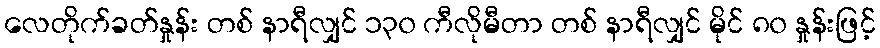
လေတိုက်ခတ်နှုန်း တစ် နာရီလျှင် ၁၃၀ ကီလိုမီတာ တစ် နာရီလျှင် မိုင် ၈၀ နှုန်းဖြင့်